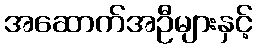
အဆောက်အဦများနှင့်